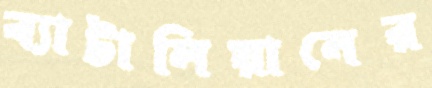
ব্যাটালিয়ানের